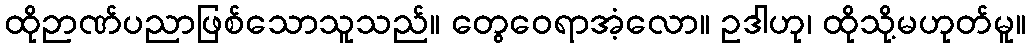
ထိုဉာဏ်ပညာဖြစ်သောသူသည်။ တွေဝေရာအံ့လော။ ဥဒါဟု၊ ထိုသို့မဟုတ်မူ။